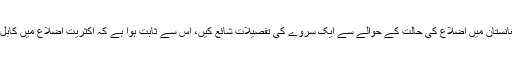
چند روز قبل ایک معتبر ذرائع ابلاغ نے افغانستان میں اضلاع کی حالت کے حوالے سے ایک سروے کی تفصیلات شائع کیں، اس سے ثابت ہوا ہے کہ اکثریت اضلاع میں کابل انتظامیہ کی صرف نمائشی موجودگی ہے۔